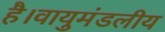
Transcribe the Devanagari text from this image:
है।वायुमंडलीय